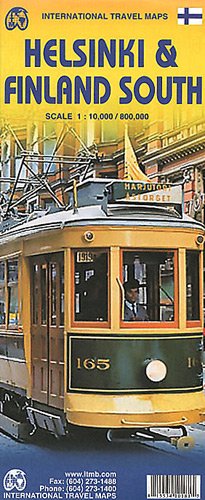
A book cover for Helsinki & Finland South 1:10,000/800,000 (International Travel Maps); ITMB Canada; Travel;